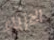
الازياء